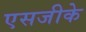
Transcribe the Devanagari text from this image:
एसजीके